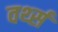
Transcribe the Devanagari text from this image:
वर्थ्स